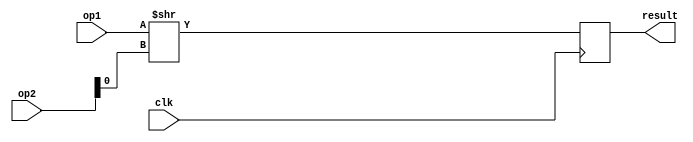
module SRL(clk,op1,op2,result);
    input clk ;
    input [31:0] op1;
    input [31:0]op2;
    output integer result;

    always @(posedge clk)
        
        begin
            result = op1 >> op2[0];
        end
endmodule